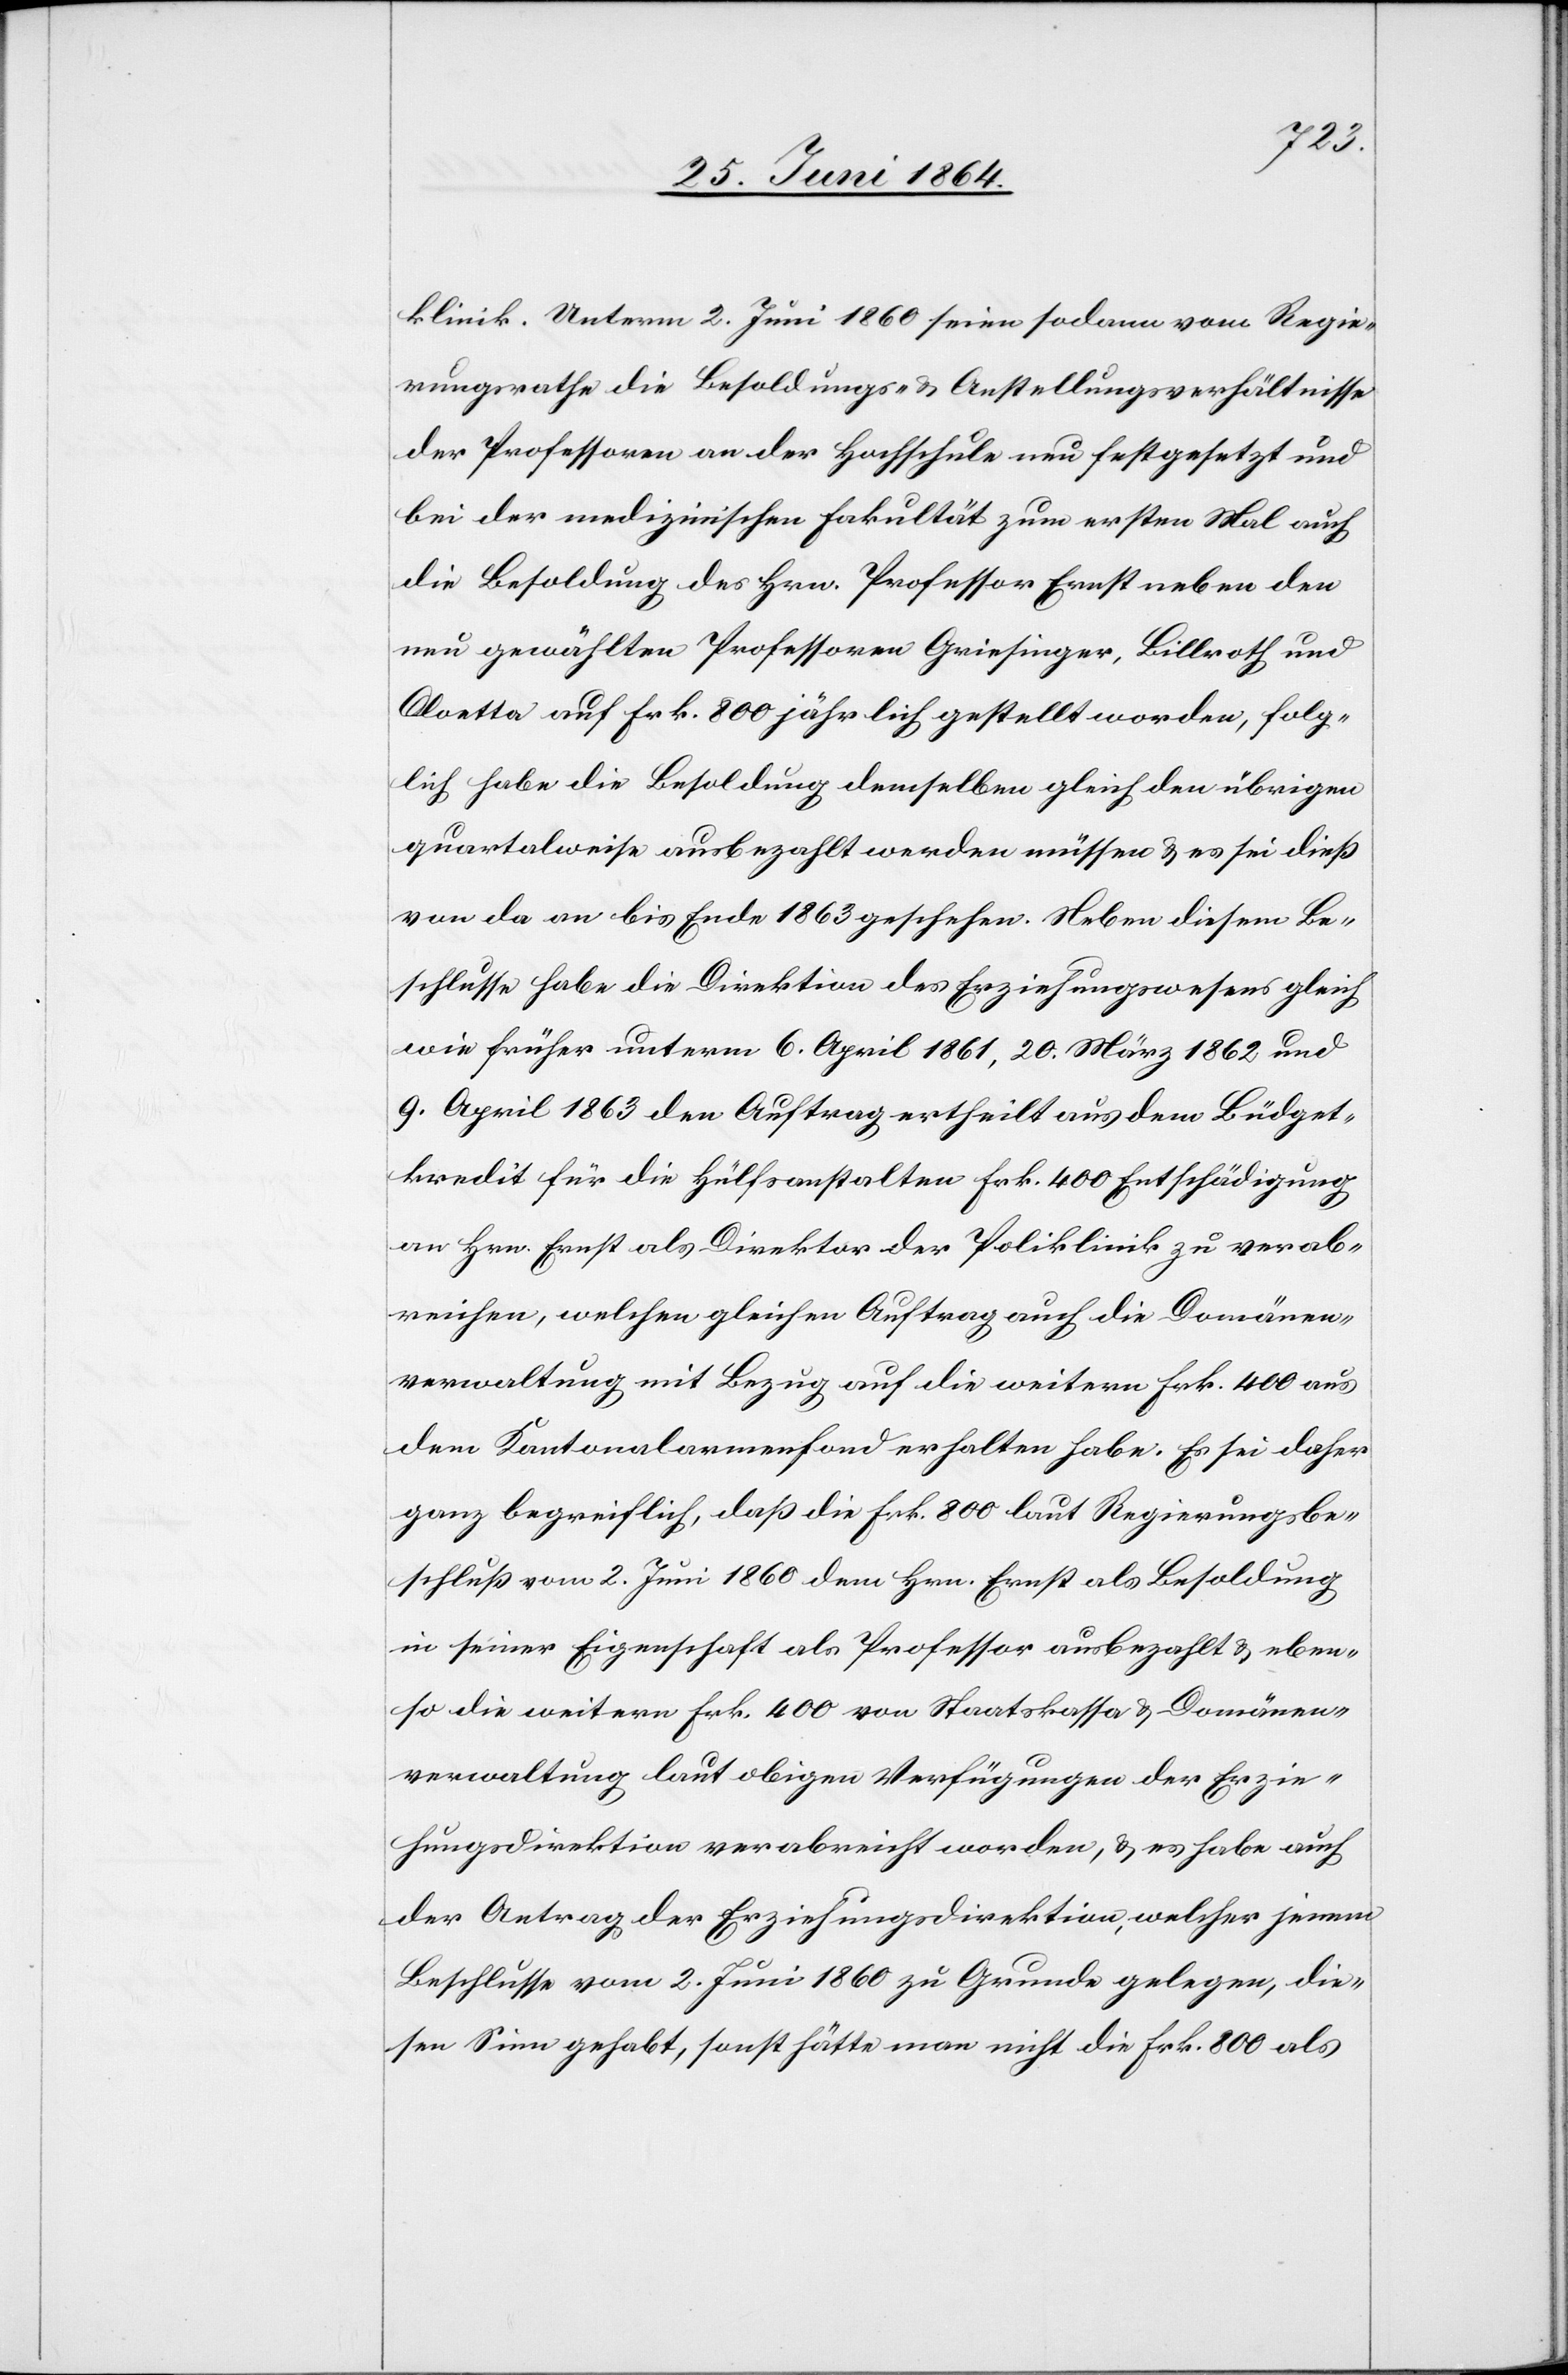
klinik. Unterm 2. Juni 1860 seien sodann vom Regie¬
rungsrathe die Besoldungs- u. Anstellungsverhältnisse
der Professoren an der Hochschule neu festgesetzt und
bei der medizinischen Fakultät zum ersten Mal auch
die Besoldung des Hrn. Professor Ernst neben den
neu gewählten Professoren Griesinger, Billroth und
Cloetta auf Frk. 800 jährlich gestellt worden, folg¬
lich habe die Besoldung demselben gleich den übrigen
quartalweise ausbezahlt werden müssen u. es sei dieß
von da an bis Ende 1863 geschehen. Neben diesem Be¬
schlusse habe die Direktion des Erziehungswesens gleich
wie früher unterm 6. April 1861, 20. März 1862 und
9. April 1863 den Auftrag ertheilt aus dem Büdget¬
kredit für die Hülfsanstalten Frk. 400 Entschädigung
an Hrn. Ernst als Direktor der Poliklinik zu verab¬
reichen, welchen gleichen Auftrag auch die Domänen¬
verwaltung mit Bezug auf die weitern Frk. 400 aus
dem Kantonalarmenfond erhalten habe. Es sei daher
ganz begreiflich, daß die Frk. 800 laut Regierungsbe¬
schluß vom 2. Juni 1860 dem Hrn. Ernst als Besoldung
in seiner Eigenschaft als Professor ausbezahlt u. eben¬
so die weitern Frk. 400 von Staatskasse u. Domänen¬
verwaltung laut obigen Verfügungen der Erzie¬
hungsdirektion verabreicht worden, u. es habe auch
der Antrag der Erziehungsdirektion, welcher jenem
Beschlusse vom 2. Juni 1860 zu Grunde gelegen, die¬
sen Sinn gehabt, sonst hätte man nicht die Frk. 800 als